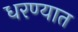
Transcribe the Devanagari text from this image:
धरण्‍यात